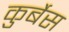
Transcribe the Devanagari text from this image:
कुर्बेस